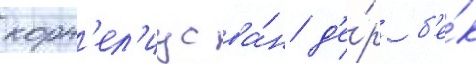
корн'ел'иус ва́н д'е́р б'е́к